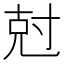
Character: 尅